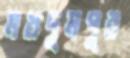
মখদুমপুর